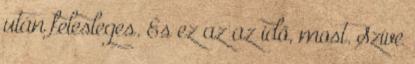
után felesleges. És ez az az idő, most. Szíve